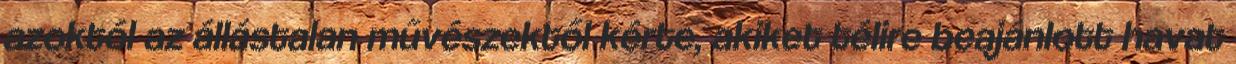
azoktól az állástalan művészektől kérte, akiket télire beajánlott havat